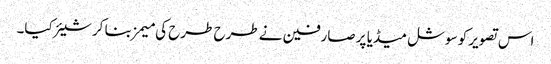
اس تصویر کو سوشل میڈیا پر صارفین نے طرح طرح کی میمز بنا کر شیئر کیا۔